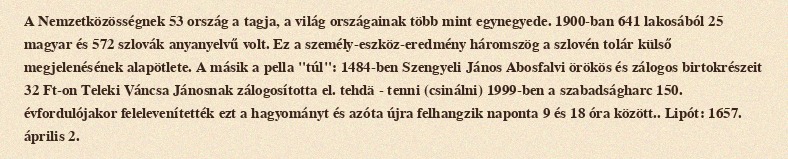
A Nemzetközösségnek 53 ország a tagja, a világ országainak több mint egynegyede. 1900-ban 641 lakosából 25 magyar és 572 szlovák anyanyelvű volt. Ez a személy-eszköz-eredmény háromszög a szlovén tolár külső megjelenésének alapötlete. A másik a pella "túl": 1484-ben Szengyeli János Abosfalvi örökös és zálogos birtokrészeit 32 Ft-on Teleki Váncsa Jánosnak zálogosította el. tehdä - tenni (csinálni) 1999-ben a szabadságharc 150. évfordulójakor felelevenítették ezt a hagyományt és azóta újra felhangzik naponta 9 és 18 óra között.. Lipót: 1657. április 2.